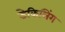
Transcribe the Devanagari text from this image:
डेकिलिंग